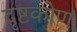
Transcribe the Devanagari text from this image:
दृष्टकोण